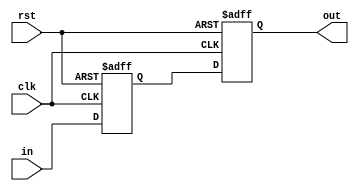
`timescale 1ns / 1ps
//////////////////////////////////////////////////////////////////////////////////
// Company: 
// Engineer: 
// 
// Design Name: 
// Module Name: synchronizer
// Project Name: 
// Target Devices: 
// Tool Versions: 
// Description: 
// 
// Dependencies: 
// 
// Revision:
// Revision 0.01 - File Created
// Additional Comments:
// 
//////////////////////////////////////////////////////////////////////////////////


module synchronizer(input clk, rst, in, output out);
reg q1,q2;
always@(posedge clk, posedge rst) begin
 if(rst == 1'b1) begin
 q1 <= 0;
 q2 <= 0;
 end
 else begin
 q1 <= in;
 q2 <= q1;
 end
end
assign out = q2;
endmodule